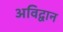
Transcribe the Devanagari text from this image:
अविद्वान